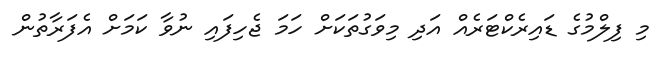
މި ފިލްމުގެ ޑައިރެކްޓަރެއް އަދި މިވަގުތަކަށް ހަމަ ޖެހިފައި ނުވާ ކަމަށް އެފަރާތުން